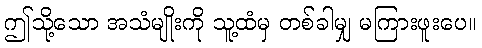
ဤသို့သော အသံမျိုးကို သူ့ထံမှ တစ်ခါမျှ မကြားဖူးပေ။